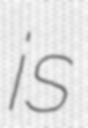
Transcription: is